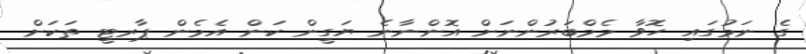
ގެ ނަމުގައި ހޮވާ މެމްބަރުންނަށް އޮންނާނެ ޔަގީން ކަން އެމެން ޕާރޓީ ތަކަށް